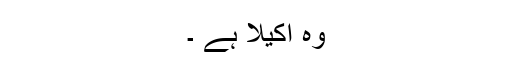
وہ اکیلا ہے ۔